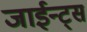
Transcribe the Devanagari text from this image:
जाईन्ट्स